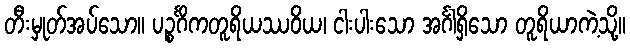
တီးမှုတ်အပ်သော။ ပဉ္စင်္ဂိကတူရိယဿဝိယ၊ ငါးပါးသော အင်္ဂါရှိသော တူရိယာကဲ့သို့။